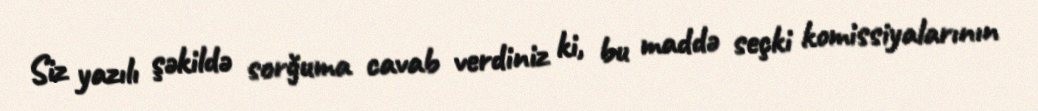
Siz yazılı şəkildə sorğuma cavab verdiniz ki, bu maddə seçki komissiyalarının